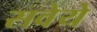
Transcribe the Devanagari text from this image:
सवेये